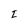
Character: I